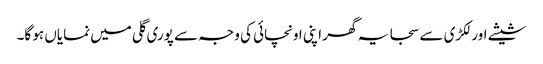
شیشے اور لکڑی سے سجا یہ گھر اپنی اونچائی کی وجہ سے پوری گلی میں نمایاں ہو گا۔